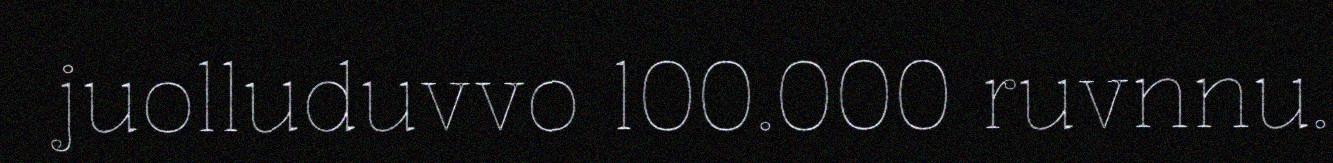
juolluduvvo 100.000 ruvnnu.